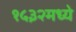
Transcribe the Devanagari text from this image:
१५३२मध्ये